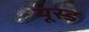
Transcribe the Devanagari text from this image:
यूस्ड